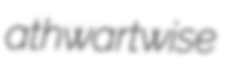
athwartwise